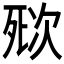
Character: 𣣌